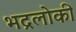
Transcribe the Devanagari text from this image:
भद्रलोकी